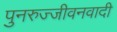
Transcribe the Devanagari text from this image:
पुनरुज्जीवनवादी